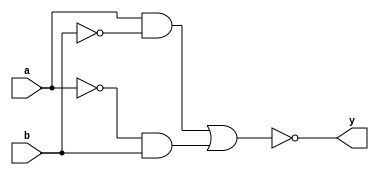
module xor_gate(input a, input b, output y);
  wire a_bar, b_bar;
  wire transmission_gate1_out, transmission_gate2_out;

  // Transmission gates
  assign a_bar = ~a;
  assign b_bar = ~b;
  assign transmission_gate1_out = a & b_bar;
  assign transmission_gate2_out = a_bar & b;

  // NOR gate
  assign y = ~(transmission_gate1_out | transmission_gate2_out);

endmodule